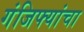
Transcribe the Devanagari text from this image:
गंजिफ्यांचा